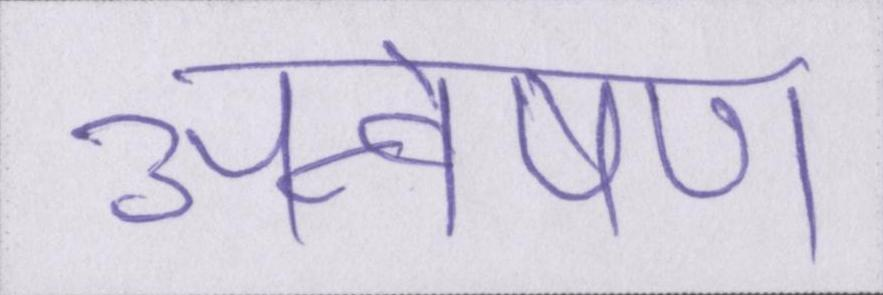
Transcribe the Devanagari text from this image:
अन्वेषण